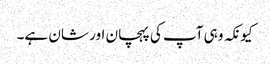
کیونکہ وہی آپ کی پہچان اور شان ہے۔